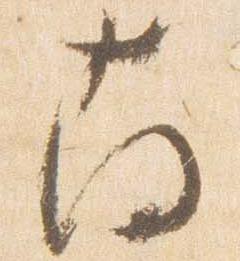
南